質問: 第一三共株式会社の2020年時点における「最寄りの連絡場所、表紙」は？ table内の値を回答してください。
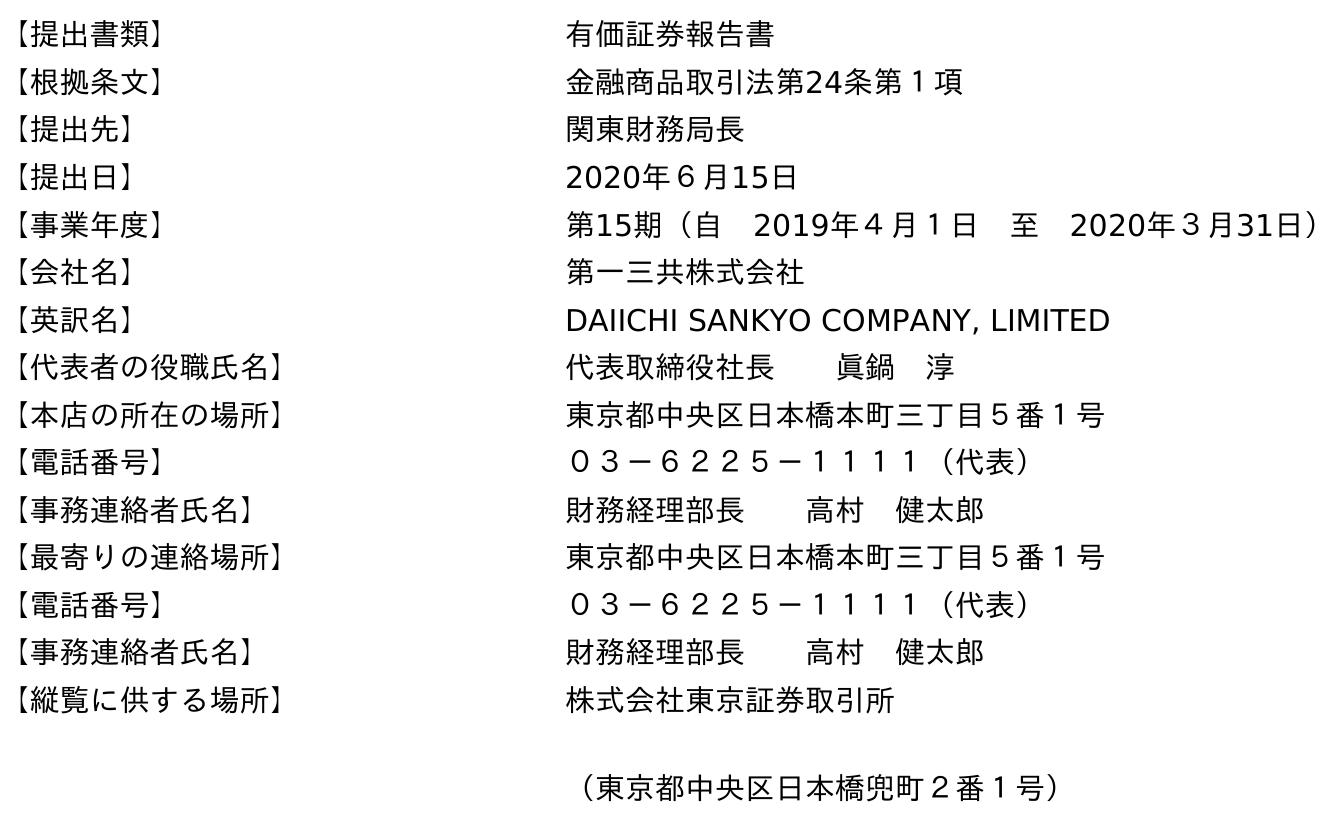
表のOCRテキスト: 【提出書類】 有価証券報告書 【根拠条文】 金融商品取引法第24条第１項 【提出先】 関東財務局長 【提出日】 2020年６月15日 【事業年度】 第15期（自 2019年４月１日 至 2020年３月31日） 【会社名】 第一三共株式会社 【英訳名】 DAIICHI SANKYO COMPANY, LIMITED 【代表者の役職氏名】 代表取締役社長  眞鍋 淳 【本店の所在の場所】 東京都中央区日本橋本町三丁目５番１号 【電話番号】 ０３－６２２５－１１１１（代表） 【事務連絡者氏名】 財務経理部長  高村 健太郎 【最寄りの連絡場所】 東京都中央区日本橋本町三丁目５番１号 【電話番号】 ０３－６２２５－１１１１（代表） 【事務連絡者氏名】 財務経理部長  高村 健太郎 【縦覧に供する場所】 株式会社東京証券取引所 （東京都中央区日本橋兜町２番１号）
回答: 東京都中央区日本橋本町三丁目５番１号